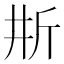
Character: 𣂗